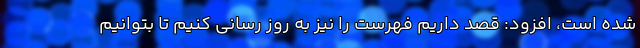
شده است، افزود: قصد داریم فهرست را نیز به روز رسانی کنیم تا بتوانیم